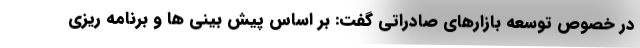
در خصوص توسعه بازارهای صادراتی گفت: بر اساس پيش بيني ها و برنامه ريزي